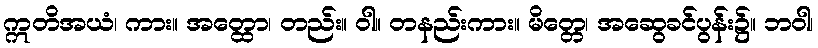
ဣတိအယံ၊ ကား။ အတ္ထော၊ တည်း။ ဝါ။ တနည်းကား။ မိတ္တေ၊ အဆွေခင်ပွန်း၌။ ဘဝါ၊